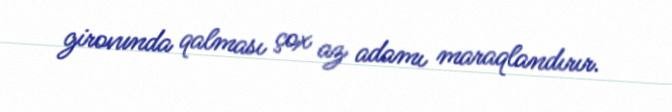
girovunda qalması çox az adamı maraqlandırır.